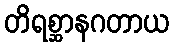
တိရစ္ဆာနဂတာယ